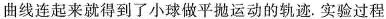
曲线连起来就得到了小球做平抛运动的轨迹。实验过程